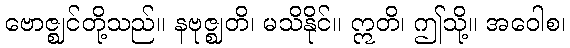
ဗောဇ္ဈင်တို့သည်။ နဗုဇ္ဈတိ၊ မသိနိုင်။ ဣတိ၊ ဤသို့။ အဝေါစ၊